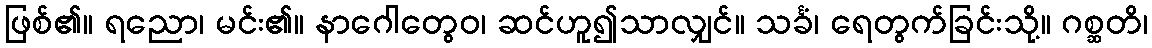
ဖြစ်၏။ ရညော၊ မင်း၏။ နာဂေါတွေဝ၊ ဆင်ဟူ၍သာလျှင်။ သင်္ခံ၊ ရေတွက်ခြင်းသို့။ ဂစ္ဆတိ၊